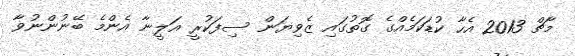
މާޗް 2013 އެހާ ކުޑަކަމެއްގެ ގޮތުގައި ޒެވިޔަން ސިފަކުރީ އަލީނާ އެންމެ ބޭނުންނުވާ